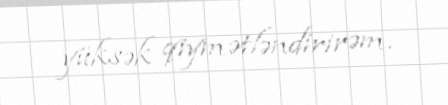
yüksək qiymətləndirirəm.